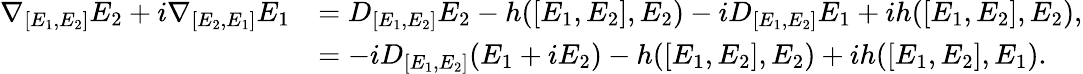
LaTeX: \begin{array}{rl}{\nabla_{[E_{1},E_{2}]}E_{2}+i\nabla_{[E_{2},E_{1}]}E_{1}}&{=D_{[E_{1},E_{2}]}E_{2}-h([E_{1},E_{2}],E_{2})-iD_{[E_{1},E_{2}]}E_{1}+ih([E_{1},E_{2}],E_{2}),}\\ &{=-iD_{[E_{1},E_{2}]}(E_{1}+iE_{2})-h([E_{1},E_{2}],E_{2})+ih([E_{1},E_{2}],E_{1}).}\end{array}